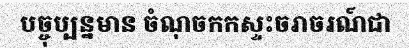
បច្ចុប្បន្នមាន ចំណុចកកស្ទះចរាចរណ៍ជា